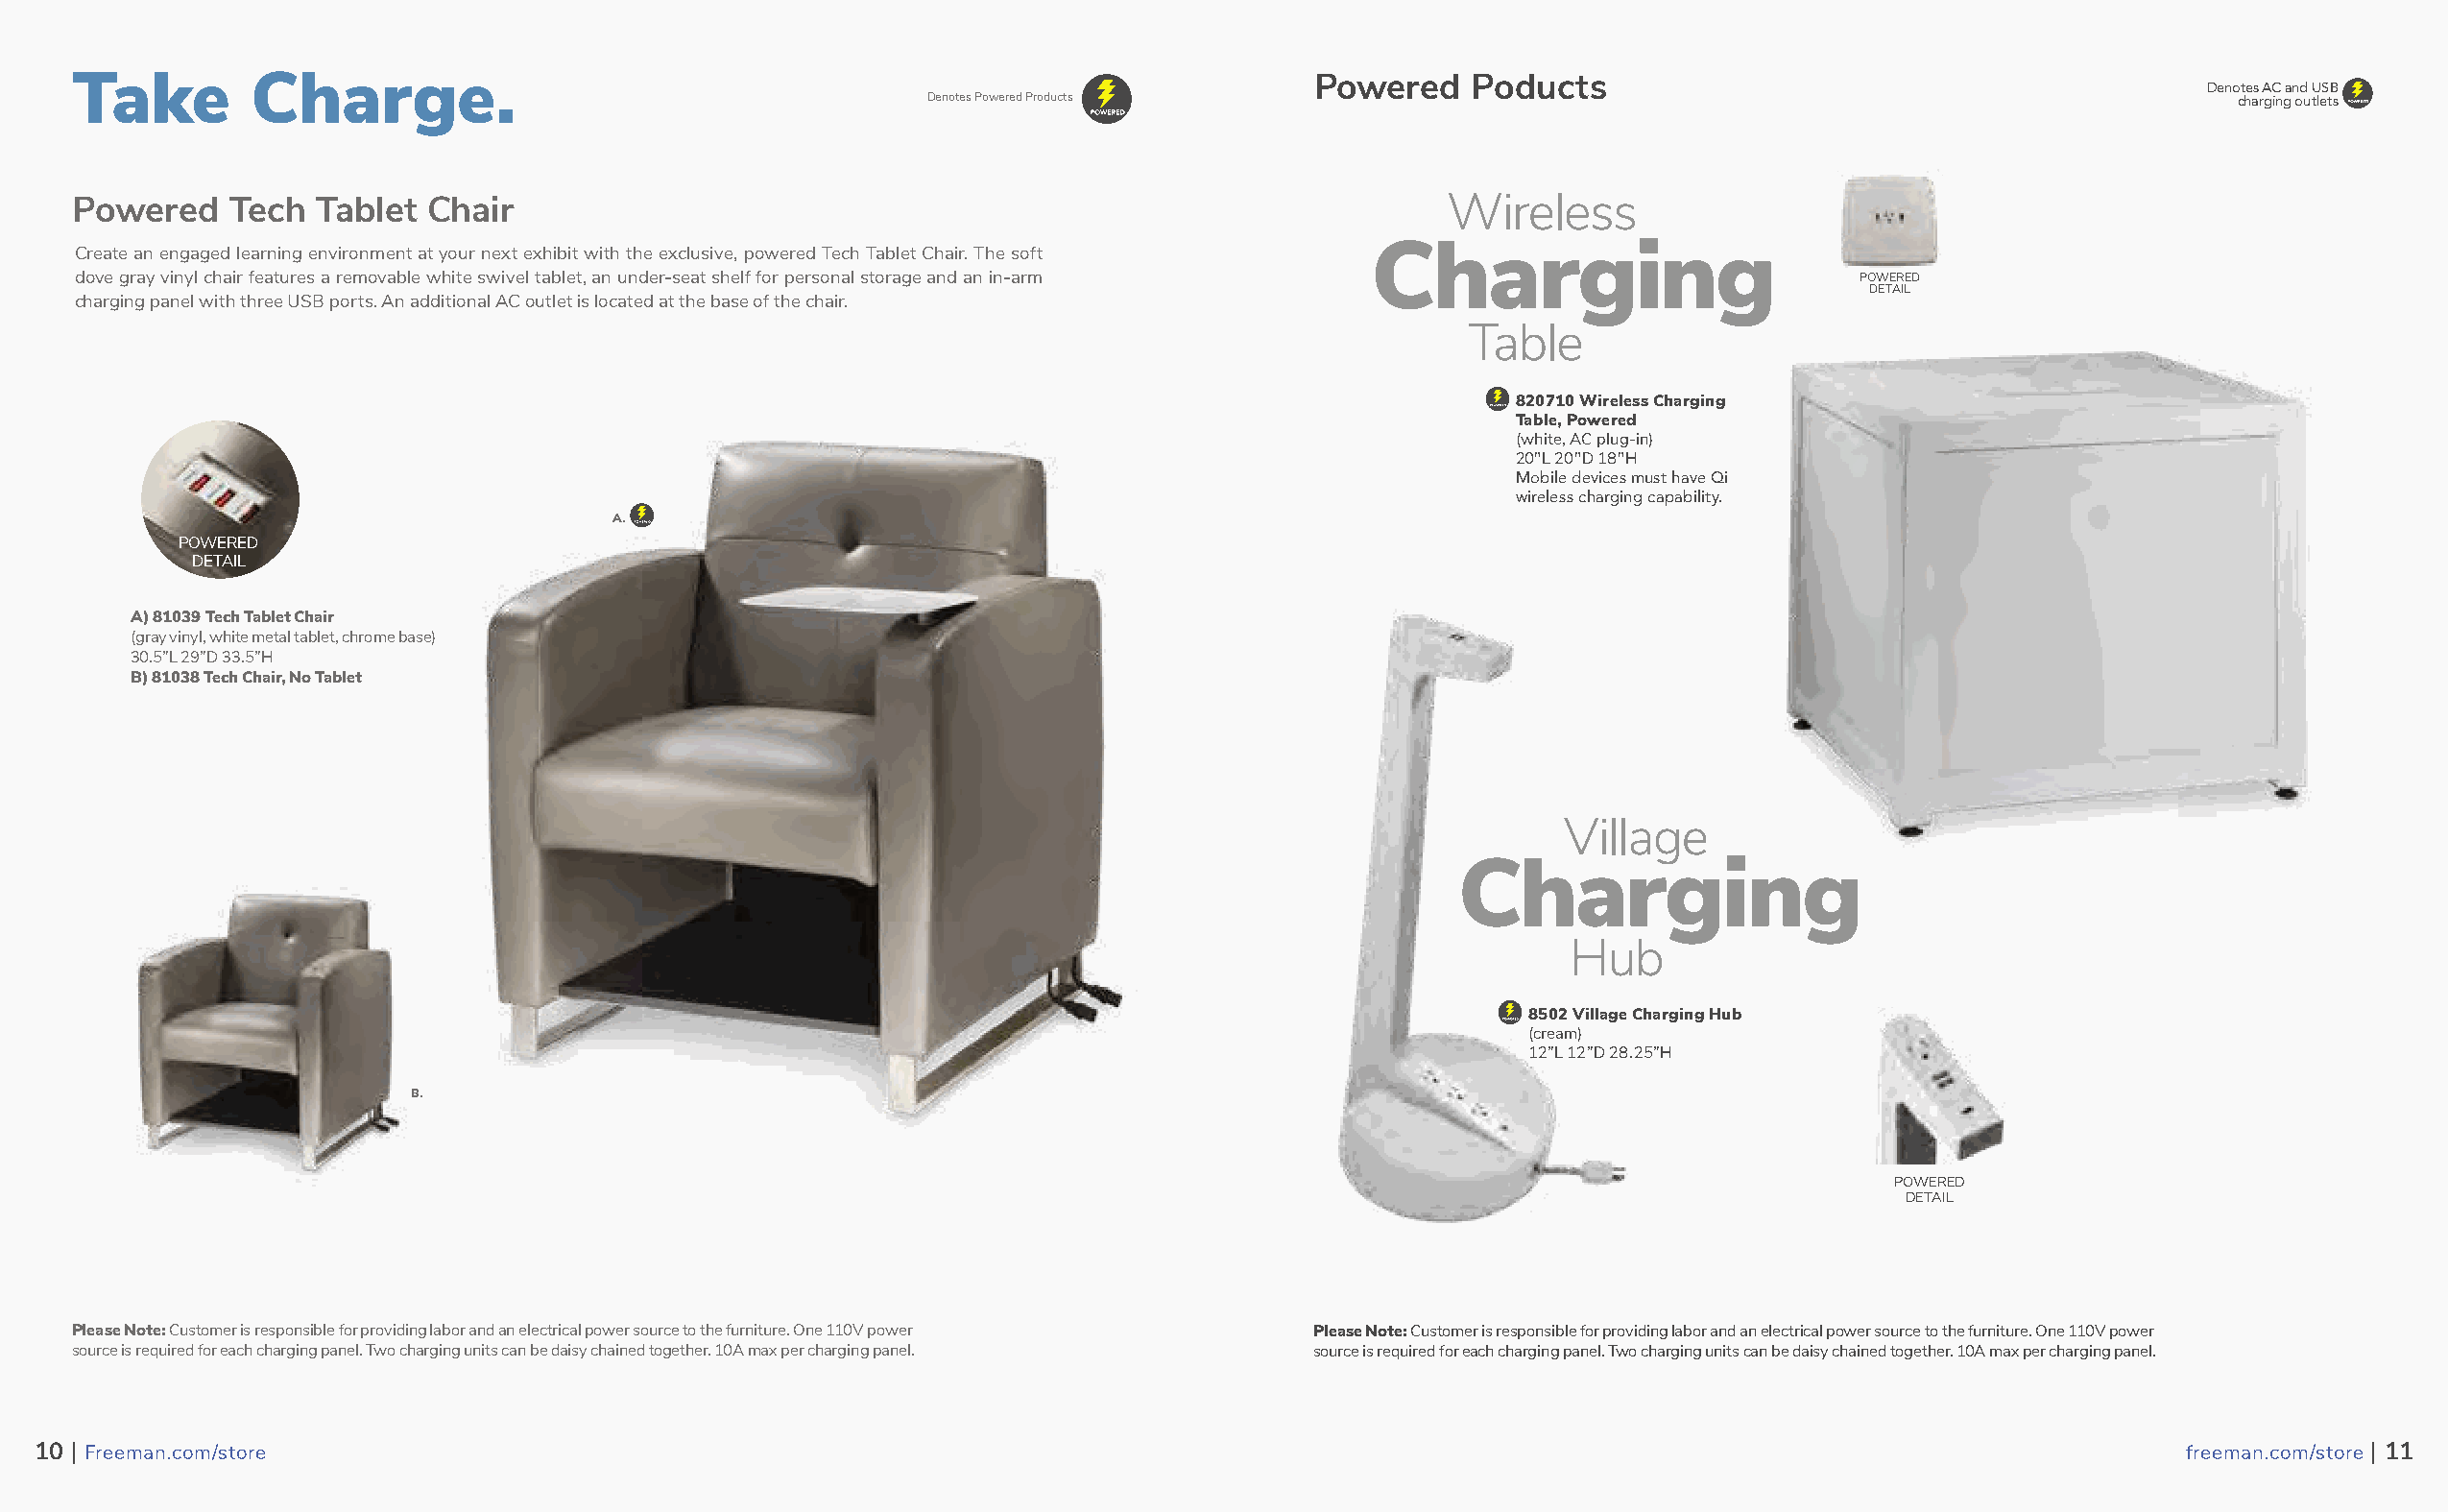
Take        Charge.                                                                   Powered   Poducts
 Denotes AC and USB
 Denotes Powered Products                                                                  charging outlets
 Powered    Tech  Tablet Chair                                                                  Wireless
 Create an engaged learning environment at your next exhibit with the exclusive, powered Tech Tablet Chair. The soft Charging
 dove gray vinyl chair features a removable white swivel tablet, an under-seat shelf for personal storage and an in-arm     POWERED
 DETAIL
 charging panel with three USB ports. An additional AC outlet is located at the base of the chair.
 Table
 820710 Wireless Charging
 Table, Powered
 (white, AC plug-in)
 20"L 20"D 18"H
 Mobile devices must have Qi
 wireless charging capability.
 A.
 POWERED
 DETAIL
 A) 81039 Tech Tablet Chair
 (gray vinyl, white metal tablet, chrome base)
 30.5”L 29”D 33.5”H
 B) 81038 Tech Chair, No Tablet
 Village
 Charging
 Hub
 8502 Village Charging Hub
 (cream)
 12”L 12”D 28.25”H
 B.
 POWERED
 DETAIL
 Please Note: Customer is responsible for providing labor and an electrical power source to the furniture. One 110V power Please Note: Customer is responsible for providing labor and an electrical power source to the furniture. One 110V power
 source is required for each charging panel. Two charging units can be daisy chained together. 10A max per charging panel. source is required for each charging panel. Two charging units can be daisy chained together. 10A max per charging panel.
 1100 || FFrreeeemmaann..ccoomm//ssttoorree                                                                                                           ffrreeeemmaann..ccoomm//ssttoorree || 1111
 11                                                                                                                                                                 12